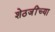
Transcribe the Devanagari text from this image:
शेठजींच्या